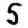
Digit: 5